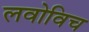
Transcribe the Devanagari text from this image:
लवोविच